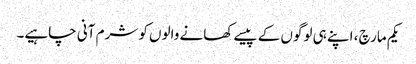
یکم مارچ ، اپنے ہی لوگوں کے پیسے کھانے والوں کو شرم آنی چاہیے۔